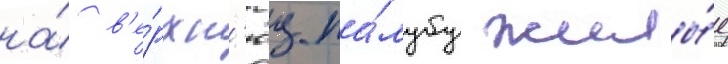
на́ в'е́рхн'юу па́лубу жилы́е